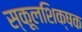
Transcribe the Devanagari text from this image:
स्कूलशिक्षक